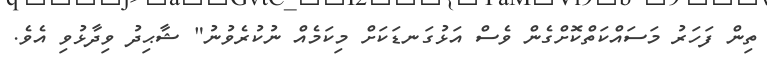
ތިން ފަހަރު މަސައްކަތްކޮށްގެން ވެސް އަޅުގަނޑަކަށް މިކަމެއް ނުކުރެވުނު" ޝާޙިދު ވިދާޅުވި އެވެ.